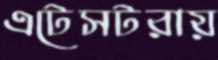
এটেসটরায়